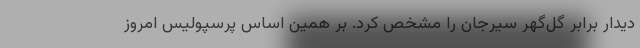
دیدار برابر گل‌گهر سیرجان را مشخص کرد. بر همین اساس پرسپولیس امروز